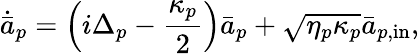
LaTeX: \dot{\bar{a}}_{p}=\left(i\Delta_{p}-\frac{\kappa_{p}}{2}\right)\bar{a}_{p}+\sqrt{\eta_{p}\kappa_{p}}\bar{a}_{p,\mathrm{in}},